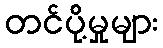
တင်ပို့မှုများ